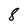
Character: 8